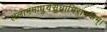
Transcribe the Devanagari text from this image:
ललाममाधुर्यसुधाभिरामकम्।